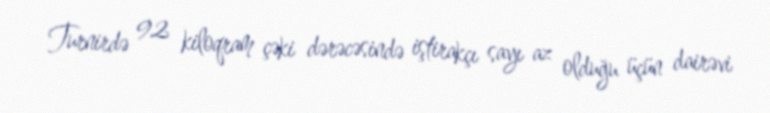
Turnirdə 92 kiloqram çəki dərəcəsində iştirakçı sayı az olduğu üçün dairəvi